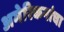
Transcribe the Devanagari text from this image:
अमेरिकनांचा